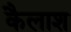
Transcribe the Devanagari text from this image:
कैलाश